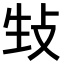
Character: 𪯉